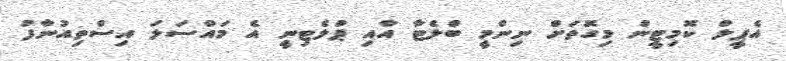
އެޕީލް ކޮމިޓީން މިގޮތަށް ނިންމީ ބްލެޓާ އާއި ޕްލެޓިނީ އެ މައްސަލަ އިސްތިއުނާފު